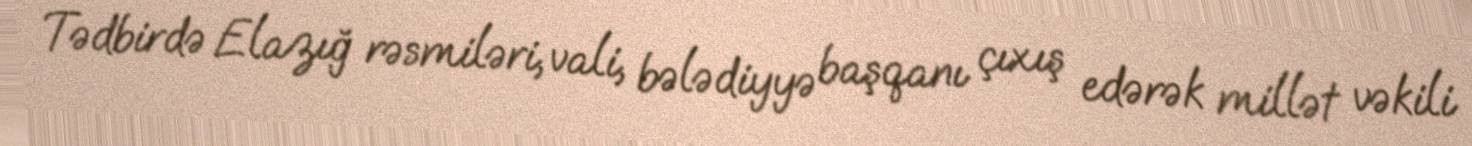
Tədbirdə Elazığ rəsmiləri, vali, bələdiyyə başqanı çıxış edərək millət vəkili